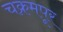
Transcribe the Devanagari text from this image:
चक्रमपूर